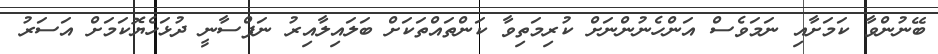
ބޭނުންވާ ކަމަށާއި ނަމަވެސް އަންހެނުންނަށް ކުރިމަތިވާ ކަންތައްތަކަށް ބަލައިލާއިރު ނަފްސާނީ ދުޅަހެޔޮކަމަށް އަސަރު